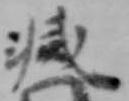
滅